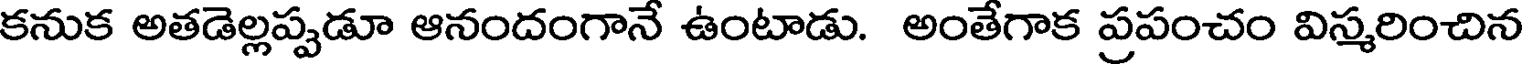
కనుక అతడెల్లప్పడూ ఆనందంగానే ఉంటాడు. అంతేగాక ప్రపంచం విస్మరించిన